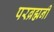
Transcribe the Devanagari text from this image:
परब्रह्मनी